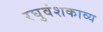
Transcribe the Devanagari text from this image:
रघुवंशकाव्य